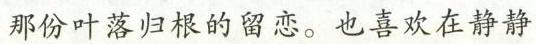
那份叶落归根的留恋。也喜欢在静静